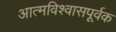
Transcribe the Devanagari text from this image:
आत्मविश्वासपूर्वक